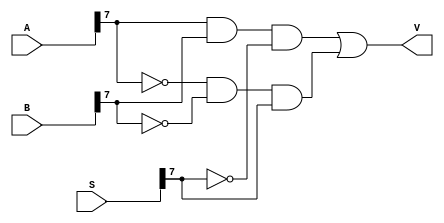
module overflow_detection_unit(A, B, S, V);
	
	input [7:0] A, B, S; 
	output V;
	
	wire v0, v1;
	wire A_BAR, B_BAR, S_BAR;
	
	//1) If the sum of 2 +ve numbers yields a -ve number -> V = 1
	//2) If the sum of 2 -ve numbers yields a +ve number -> V = 1
	
	//V = A[7].B[7].!S[7] + !A[7].!B[7].S
	
	not(A_BAR,A[7]);
	not(B_BAR,B[7]);
	not(S_BAR,S[7]);
	
	and(v0, A[7], B[7], S_BAR);
	and(v1, A_BAR, B_BAR, S[7]);
	
	or(V, v0, v1);
	

endmodule //overflow_detection_unit